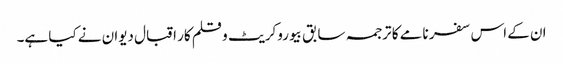
ان کے اس سفر نامے کا ترجمہ سابق بیوروکریٹ و قلم کار اقبال دیوان نے کیا ہے۔